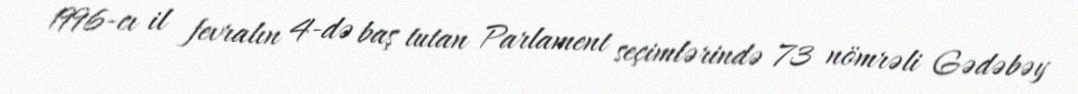
1996-cı il fevralın 4-də baş tutan Parlament seçimlərində 73 nömrəli Gədəbəy